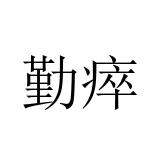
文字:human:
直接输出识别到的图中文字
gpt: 勤瘁